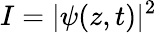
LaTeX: I=|\psi(z,t)|^{2}